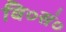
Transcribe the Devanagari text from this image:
वि०सं०